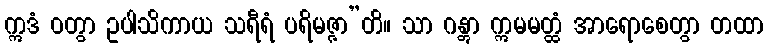
ဣဒံ ဝတွာ ဥပါသိကာယ သရီရံ ပရိမဇ္ဇာ”တိ။ သာ ဂန္တွာ ဣမမတ္ထံ အာရောစေတွာ တထာ